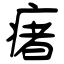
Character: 瘏